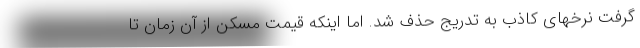
گرفت نرخهای کاذب به تدریج حذف شد. اما اینکه قیمت مسکن از آن زمان تا